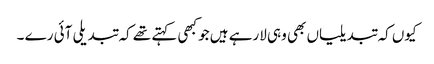
کیوں کہ تبدیلیاں بھی وہی لارہے ہیں جو کبھی کہتے تھے کہ تبدیلی آئی رے ۔